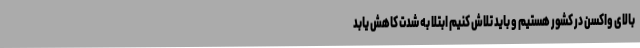
بالای واکسن در کشور هستیم و باید تلاش کنیم ابتلا به شدت کاهش یابد